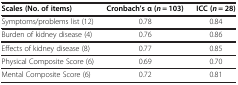
<table><thead><tr><td><b>Scales (No. of items)</b></td><td><b>Cronbach’s α (<i>n</i> = 103)</b></td><td><b>ICC (<i>n</i> = 28)</b></td></tr></thead><tbody><tr><td>Symptoms/problems list (12)</td><td>0.78</td><td>0.84</td></tr><tr><td>Burden of kidney disease (4)</td><td>0.76</td><td>0.86</td></tr><tr><td>Effects of kidney disease (8)</td><td>0.77</td><td>0.85</td></tr><tr><td>Physical Composite Score (6)</td><td>0.69</td><td>0.70</td></tr><tr><td>Mental Composite Score (6)</td><td>0.72</td><td>0.81</td></tr></tbody></table>